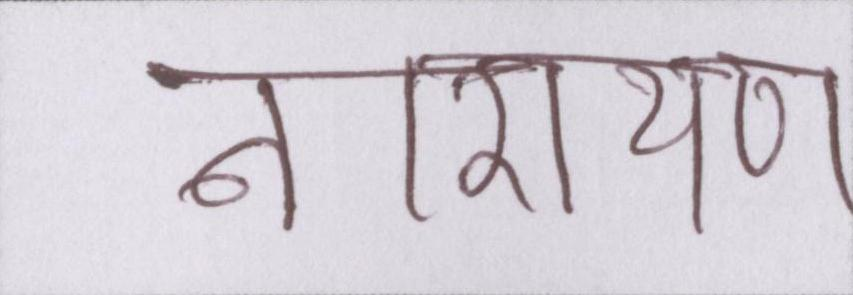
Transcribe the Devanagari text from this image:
नारायण